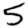
Digit: 5